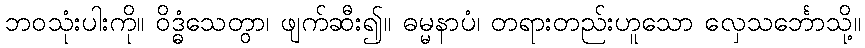
ဘဝသုံးပါးကို။ ဝိဒ္ဓံသေတွာ၊ ဖျက်ဆီး၍။ ဓမ္မနာပံ၊ တရားတည်းဟူသော လှေသင်္ဘောသို့။